Report on lock hospitals in British Burma
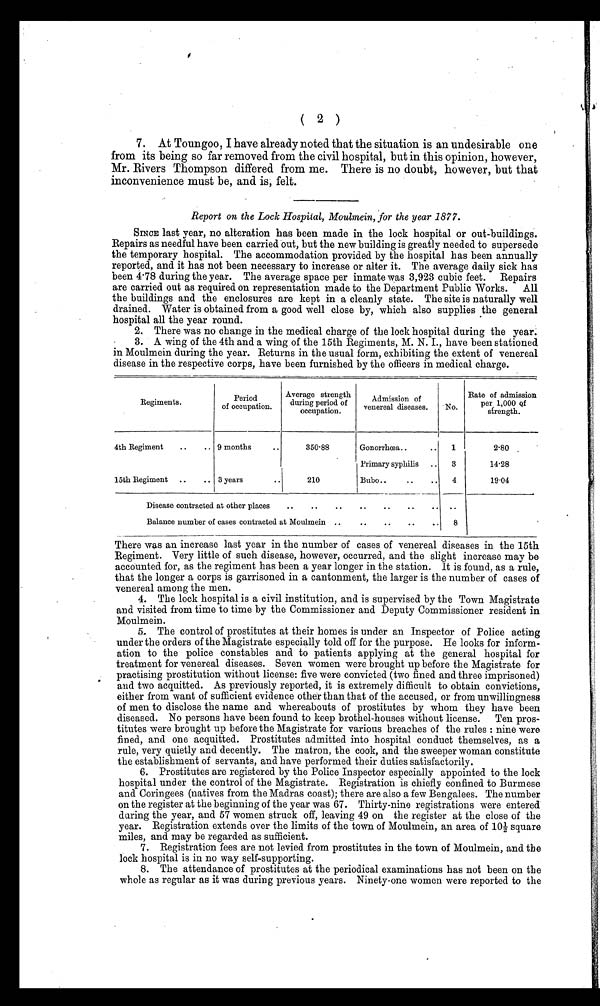
( 2 )
7. At Toungoo, I have already noted that the situation is an undesirable one
from its being so far removed from the civil hospital, but in this opinion, however,
Mr. Rivers Thompson differed from me. There is no doubt, however, but that
inconvenience must be, and is; felt.
Report on the Lock Hospital, Moulmein, for the year 1877.
SINCE last year, no alteration has been made in the lock hospital or out-buildings.
Repairs as needful have been carried out, but the new building is greatly needed to supersede
the temporary hospital. The accommodation provided by the hospital has been annually
reported, and it has not been necessary to increase or alter it. The average daily sick has
been 4·78 during the year. The average space per inmate was 3,923 cubic feet. Repairs
are carried out as required on representation made to the Department Public Works. All
the buildings and the enclosures are kept in a cleanly state. The site is naturally well
drained. Water is obtained from a good well close by, which also supplies the general
hospital all the year round.
2. There was no change in the medical charge of the lock hospital during the year.
3. A wing of the 4th and a wing of the 15th Regiments, M. N. I., have been stationed
in Moulmein during the year. Returns in the usual form, exhibiting the extent of venereal
disease in the respective corps, have been furnished by the officers in medical charge.
Regiments.
Period
of occupation.
Average strength
during period of
occupation.
Admission of
venereal diseases.
No.
Rate of admission
per 1,000 Qf
strength.
4th Regiment
..
.. 9 months
..
350.88
Gonorrhœa..
..
1
2.80
Primary syphilis
..
3
14.28
15th Regiment
..
.. 3 years
..
210
Bubo..
I
..
..
4
19.04
Disease contracted at other places
..
..
..
..
..
..
..
..
Balance number of cases contracted at. Moulmein ..
..
..
..
..
8
There was an increase last year in the number of cases of venereal diseases in the 15th
Regiment. Very little of such disease, however, occurred, and the slight increase may be
accounted for, as the regiment has been a year longer in the station. It is found, as a rule,
that the longer a corps is garrisoned in a cantonment, the larger is the number of cases of
venereal among the men.
4. The lock hospital is a civil institution, and is supervised by the Town Magistrate
and visited from time to time by the Commissioner and Deputy Commissioner resident in
Moulmein.
5. The control of prostitutes at their homes is under an Inspector of Police acting
under the orders of the Magistrate especially told off for the purpose. He looks for inform-
ation to the police constables and to patients applying at the general hospital for
treatment for venereal diseases. Seven women were brought up before the Magistrate for
practising prostitution without license: five were convicted (two fined and three imprisoned)
and two acquitted. As previously reported, it is extremely difficult to obtain convictions,
either from want of sufficient evidence other than that of the accused, or from unwillingness
of men to disclose the name and whereabouts of prostitutes by whom they have been
diseased. No persons have been found to keep brothel-houses without license. Ten pros-
titutes were brought up before the Magistrate for various breaches of the rules : nine were
fined, and one acquitted. Prostitutes admitted into hospital conduct themselves, as a
rule, very quietly and decently. The matron, the cook, and the sweeper woman constitute
the establishment of servants, and have performed their duties satisfactorily.
6. Prostitutes are registered by the Police Inspector especially appointed to the lock
hospital under the control of the Magistrate. Registration is chiefly confined to Burmese
and Coringees (natives from the Madras coast); there are also a few Bengalees. The number
on the register at the beginning of the year was 67. Thirty-nine registrations were entered
during the year, and 57 women struck off, leaving 49 on the register at the close of the
year. Registration extends over the limits of the town of Moulmein, an area of 10½ square
miles, and may be regarded as sufficient.
7. Registration fees are not levied from prostitutes in the town of Moulmein, and the
lock hospital is in no way self-supporting.
8. The attendance of prostitutes at the periodical examinations has not been on the
whole as regular as it was during previous years. Ninety-one women were reported to the